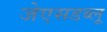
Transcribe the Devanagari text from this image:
जेएसडब्लू